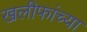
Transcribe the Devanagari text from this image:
खलीफांच्या